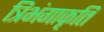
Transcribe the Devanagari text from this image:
त्रिभंगाकृतिं